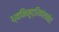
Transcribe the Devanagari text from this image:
ध्वनिमुद्रिकांसाठीही